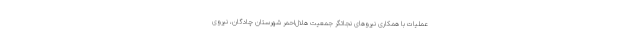
عملیات با همکاری نیروهای نجاتگر جمعیت هلال‌احمر شهرستان چادگان، نیروی